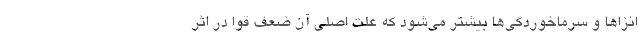
انزاها و سرماخوردگی‌ها بیشتر می‌شود که علت اصلی آن ضعف قوا در اثر